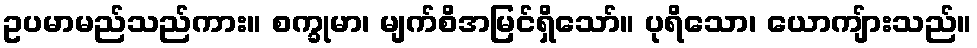
ဥပမာမည်သည်ကား။ စက္ခုမာ၊ မျက်စိအမြင်ရှိသော်။ ပုရိသော၊ ယောကျ်ားသည်။